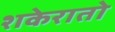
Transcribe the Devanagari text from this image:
शकेरातो